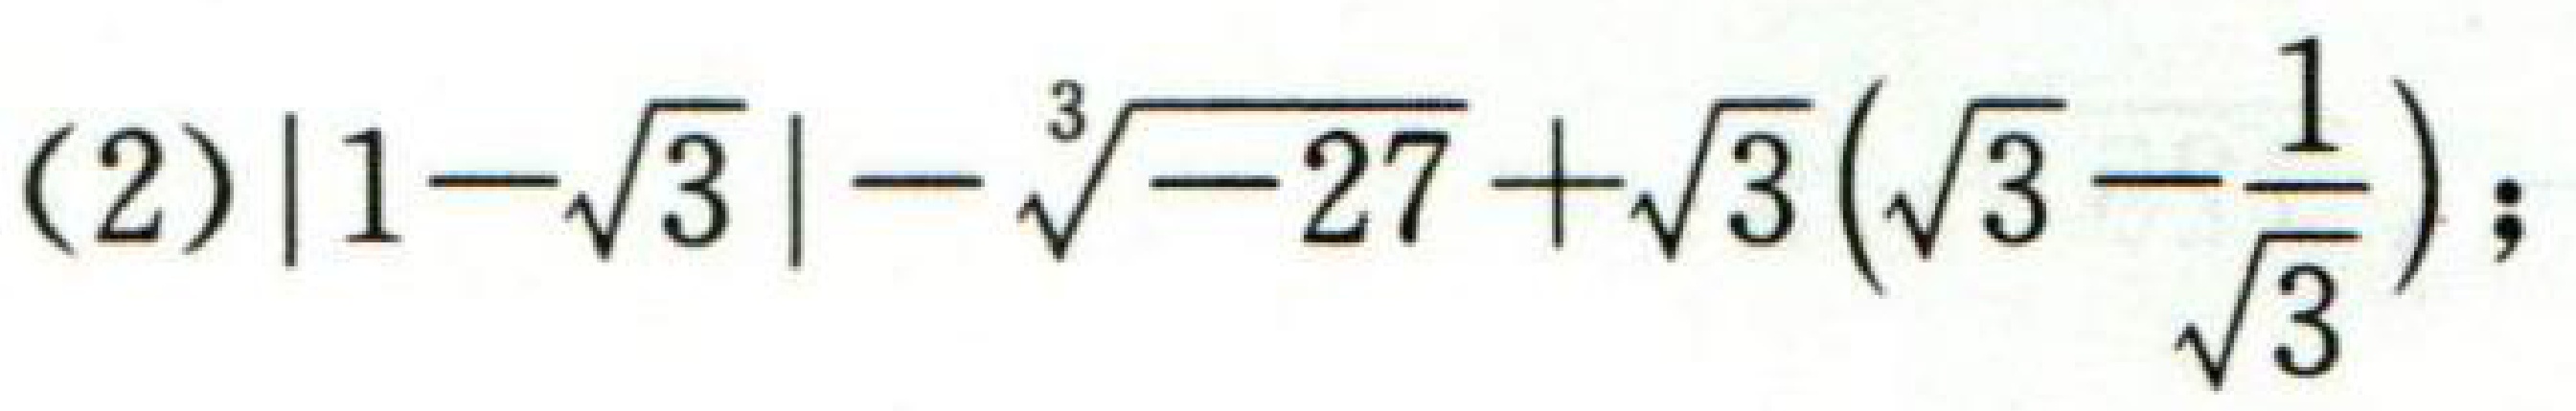
(2) \(|1 - \sqrt{3}| - \sqrt[3]{-27}+\sqrt{3}(\sqrt{3}-\frac{1}{\sqrt{3}})\);